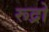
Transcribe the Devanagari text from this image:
रूद्रो